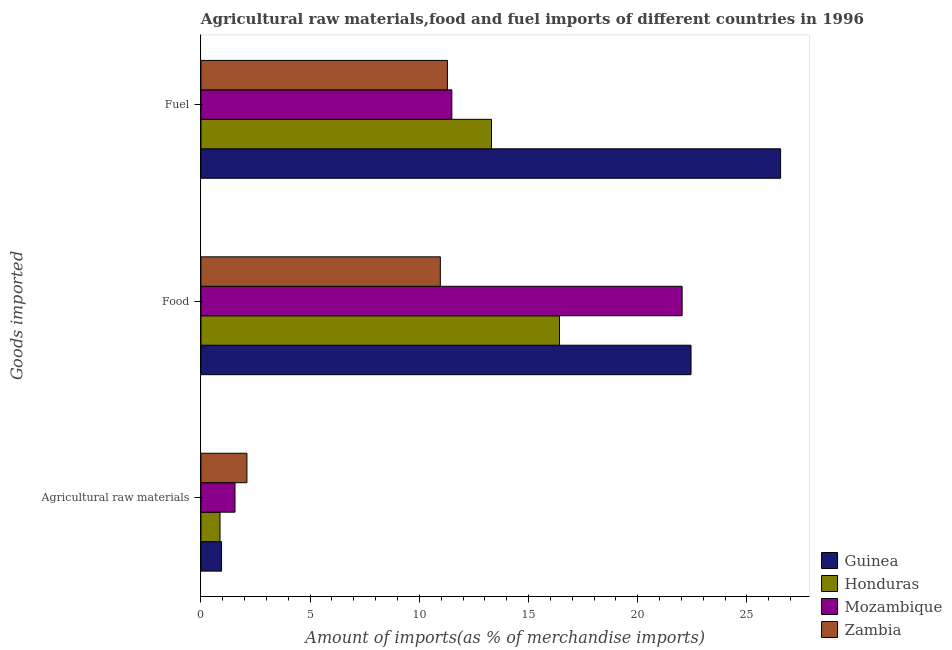
| Goods imported | Guinea | Honduras | Mozambique | Zambia |
 | --- | --- | --- | --- | --- |
 | Agricultural raw materials | 0.946 | 0.875 | 1.56 | 2.11 |
 | Food | 22.4 | 16.4 | 22 | 11 |
 | Fuel | 26.5 | 13.3 | 11.5 | 11.3 |